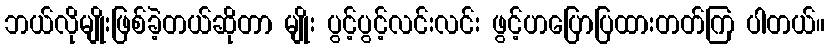
ဘယ်လိုမျိုးဖြစ်ခဲ့တယ်ဆိုတာ မျိုး ပွင့်ပွင့်လင်းလင်း ဖွင့်ဟပြောပြထားတတ်ကြ ပါတယ်။